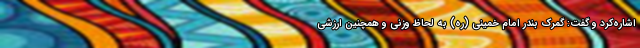
اشاره‌کرد و گفت: گمرک بندر امام خمینی (ره) به لحاظ وزنی و همچنین ارزشی